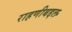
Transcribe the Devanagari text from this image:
राहणीबद्दल